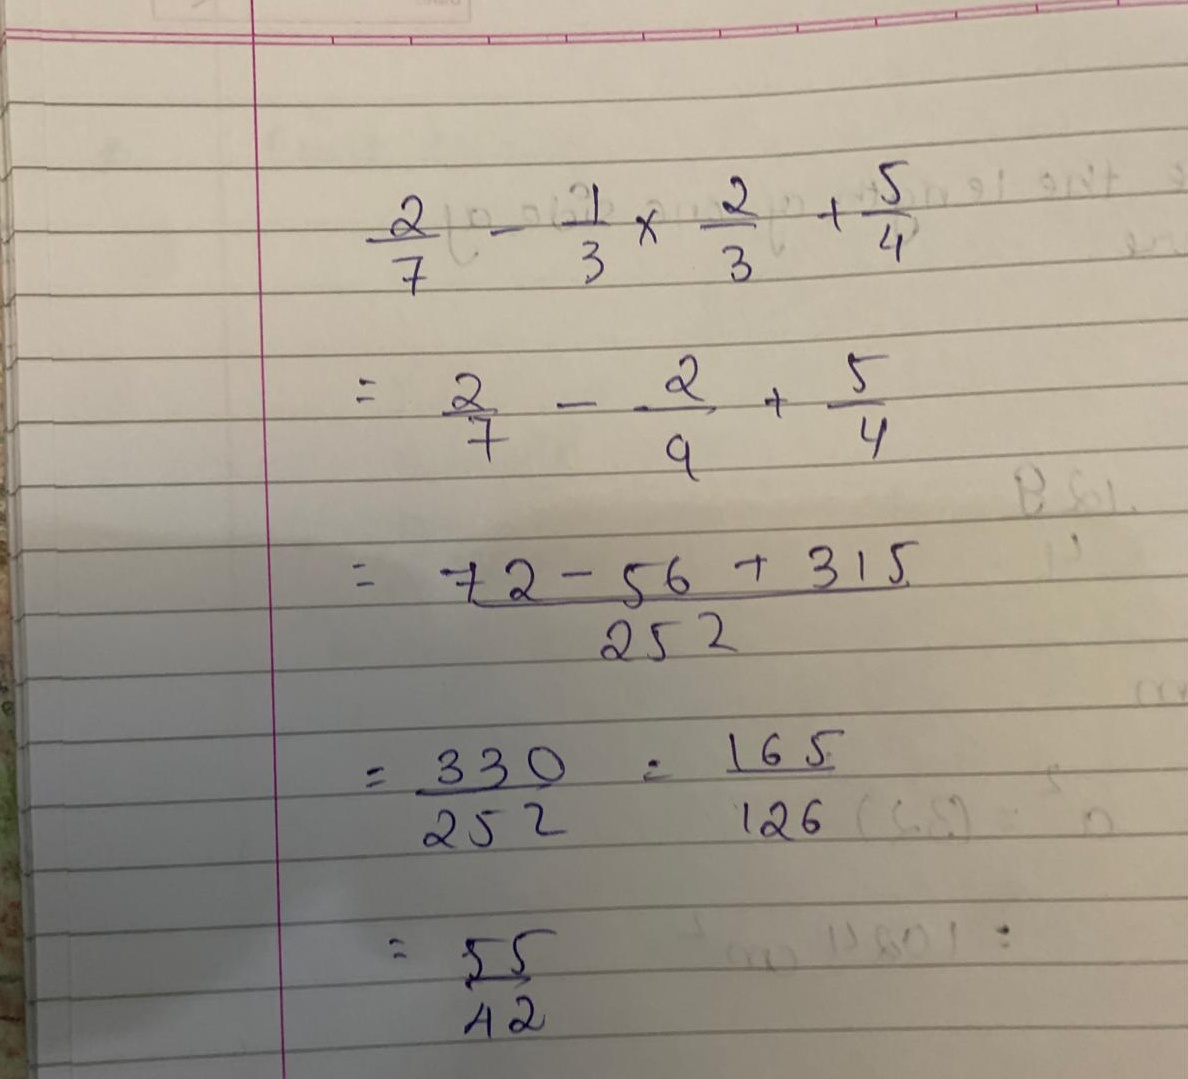
\[
\begin{align*}
&\frac{2}{7}-\frac{1}{3}\times\frac{2}{3}+\frac{5}{4}\\
=&\frac{2}{7}-\frac{2}{9}+\frac{5}{4}\\
=&\frac{72 - 56 + 315}{252}\\
=&\frac{331}{252}\\
=&\frac{55}{42}
\end{align*}
\]